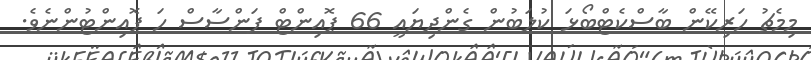
މިމެޗު ހަރިކޭން ބާސްކެޓްބޯޅަ ކުލަބުން ގެންދިޔައީ 66 ޕޮއިންޓް ފަންސާސް ހަ ޕޮއިންޓުންނެވެ.